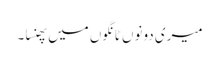
میری دونوں ٹانگوں میں پھنسا۔